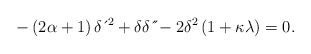
\begin{align*}-\left( 2\alpha+1\right) \delta \,\acute{}\,^{2}+\delta \delta \,\acute{}\,\acute{}-2\delta^{2}\left( 1+\kappa \lambda \right) =0. \end{align*}